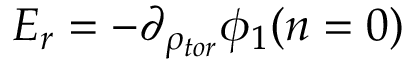
E _ { r } = - \partial _ { \rho _ { t o r } } \phi _ { 1 } ( n = 0 )